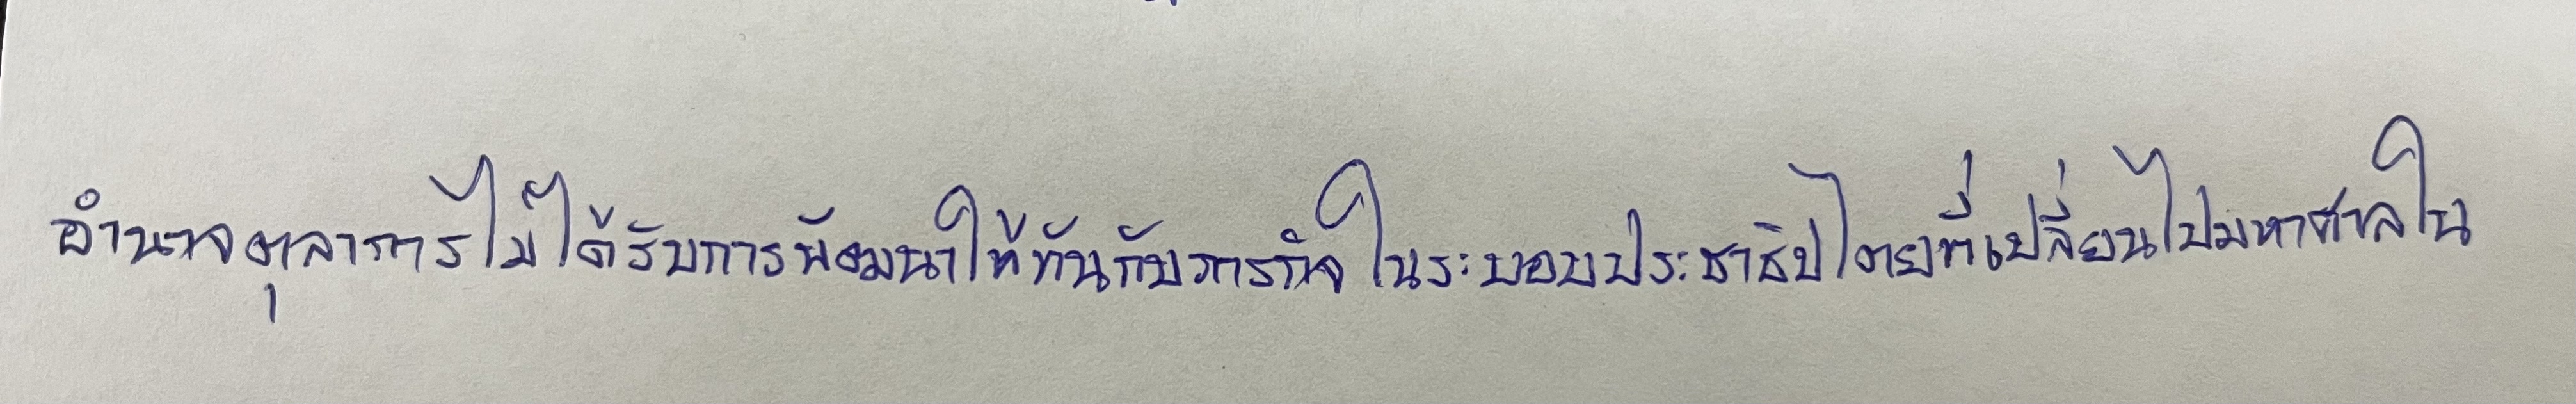
อำนาจตุลาการไม่ได้รับการพัฒนาให้ทันกับภารกิจในระบอบประชาธิปไตยที่เปลี่ยนไปมหาศาลใน